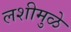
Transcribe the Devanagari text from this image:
लशीमुळे